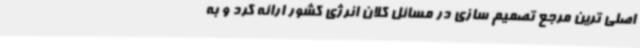
اصلی ترین مرجع تصمیم سازی در مسائل کلان انرژی کشور ارائه کرد و به